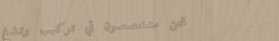
نحن متخصصون في تركيب وتشغ